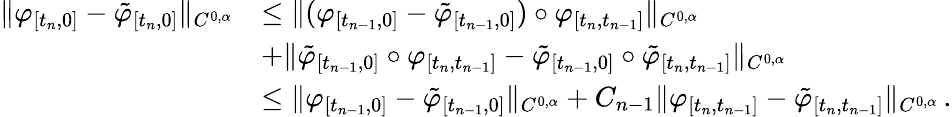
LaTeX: \begin{array}{rl}{\lVert\varphi_{[t_{n},0]}-\tilde{\varphi}_{[t_{n},0]}\rVert_{C^{0,\alpha}}}&{\leq\lVert(\varphi_{[t_{n-1},0]}-\tilde{\varphi}_{[t_{n-1},0]})\circ\varphi_{[t_{n},t_{n-1}]}\rVert_{C^{0,\alpha}}}\\ &{+\lVert\tilde{\varphi}_{[t_{n-1},0]}\circ\varphi_{[t_{n},t_{n-1}]}-\tilde{\varphi}_{[t_{n-1},0]}\circ\tilde{\varphi}_{[t_{n},t_{n-1}]}\rVert_{C^{0,\alpha}}}\\ &{\leq\lVert\varphi_{[t_{n-1},0]}-\tilde{\varphi}_{[t_{n-1},0]}\rVert_{C^{0,\alpha}}+C_{n-1}\lVert\varphi_{[t_{n},t_{n-1}]}-\tilde{\varphi}_{[t_{n},t_{n-1}]}\rVert_{C^{0,\alpha}}\, .}\end{array}